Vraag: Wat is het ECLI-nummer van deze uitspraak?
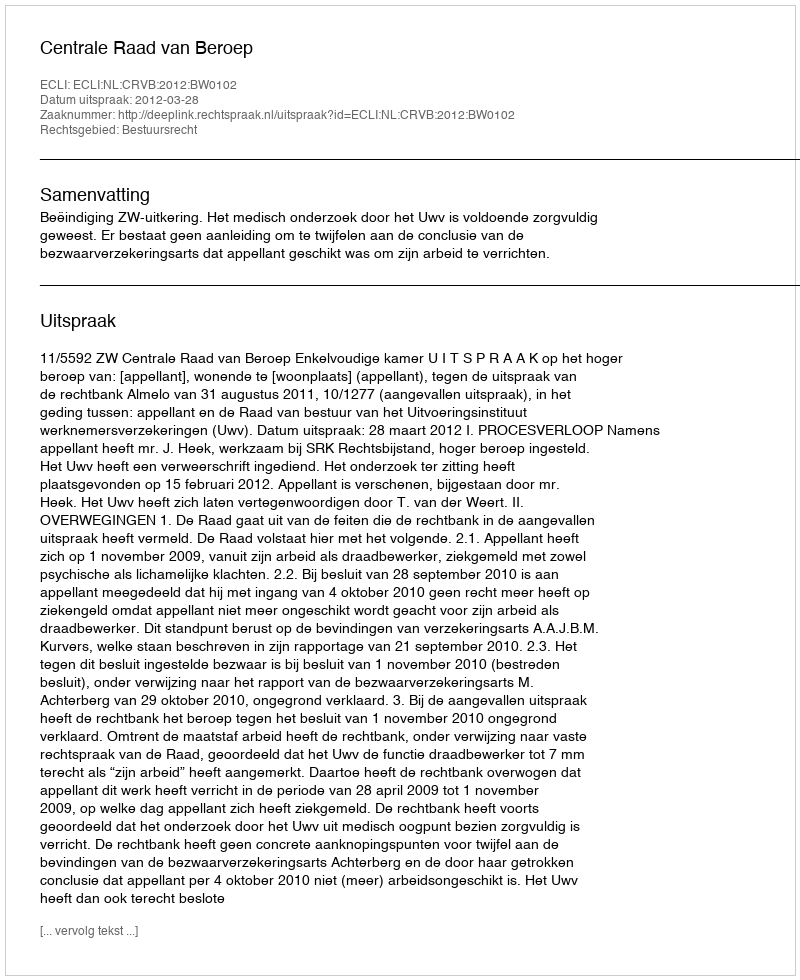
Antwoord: ECLI:NL:CRVB:2012:BW0102